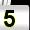
Digit: 5